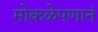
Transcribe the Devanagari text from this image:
मोकळेपणानं